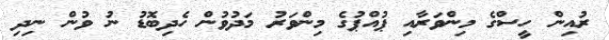
ރުއިން ހީސްގެ މިންވަރާއި ޕުއްޕުގެ މިންވަރު މަދުވުން ހެދިބޮޑު ނު ވުން ނިދި